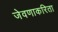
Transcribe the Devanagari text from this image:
जेवणाकरिता